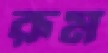
রূম